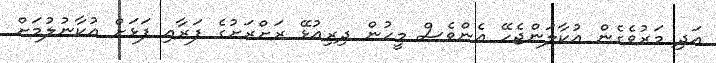
އަދި މަރުވެގެން އުކާލަންޖެހޭ އެންވެސް މީހުން ދިރިއުޅޭ ރަށްރަށުގެ ފަރާއި ފަޅަށް އުކާނުލުމަށް